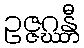
ဥဇ္ဇဂ္ဃန္တီ